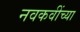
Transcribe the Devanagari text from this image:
नवकवींच्या